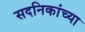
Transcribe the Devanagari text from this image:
सदनिकांच्या